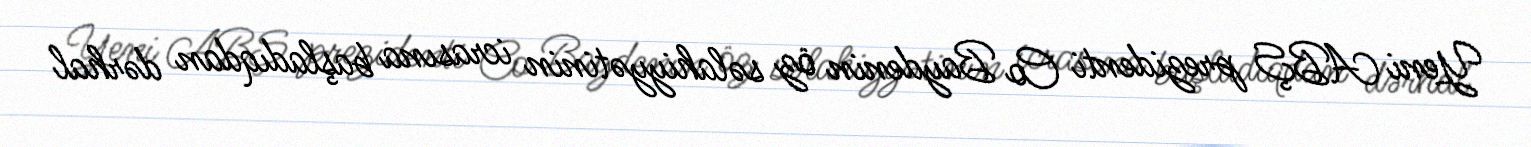
Yeni ABŞ prezidenti Co Baydenin öz səlahiyyətinin icrasına başladıqdan dərhal